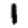
Digit: 1